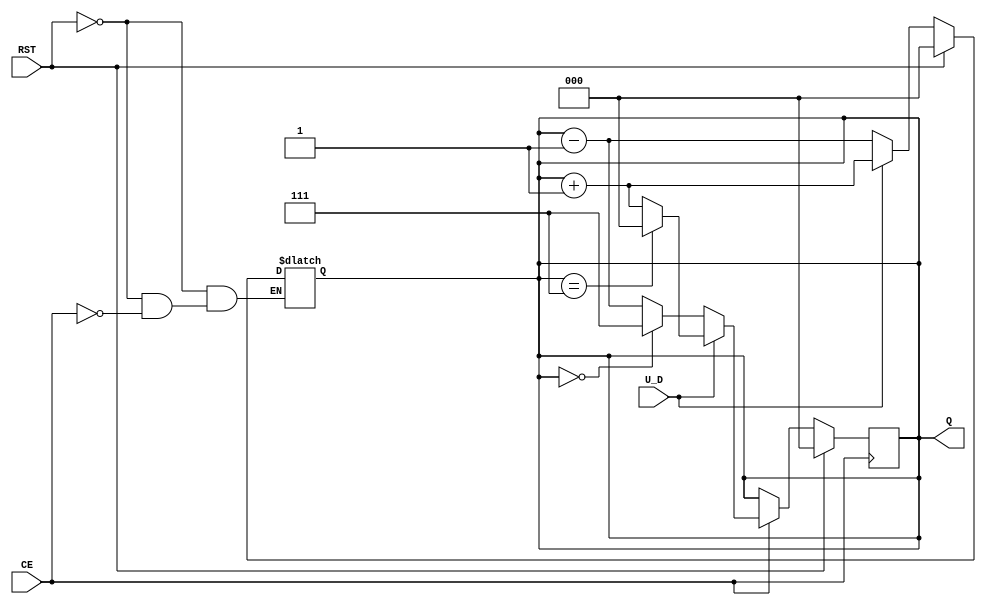
module up_down_counter (
    input wire U_D,       // Up/Down Control Signal
    input wire CE,        // Count Enable
    input wire RST,       // Asynchronous Reset
    output reg [2:0] Q    // Counter Output (3 bits)
);

// Asynchronous Reset and Counting Logic
always @(*) begin
    if (RST) begin
        Q = 3'b000; // Reset counter to 0
    end else if (CE) begin
        if (U_D) begin
            Q = Q + 1; // Count Up
        end else begin
            Q = Q - 1; // Count Down
        end
    end
end

// Handle wrapping for the counter
always @(posedge CE) begin
    if (RST) begin
        Q <= 3'b000; // Reset counter to 0
    end else if (CE) begin
        if (U_D) begin
            if (Q == 3'b111) begin
                Q <= 3'b000; // Wrap around to 0
            end else begin
                Q <= Q + 1; // Count Up
            end
        end else begin
            if (Q == 3'b000) begin
                Q <= 3'b111; // Wrap around to 7
            end else begin
                Q <= Q - 1; // Count Down
            end
        end
    end
end

endmodule